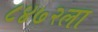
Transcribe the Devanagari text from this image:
८४७२ला